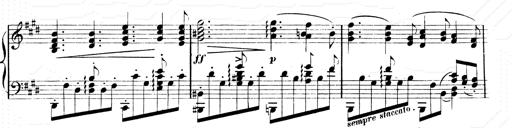
Title: 2 Transcriptions d'aprÃ¨s Rossini
Composer: Franz Liszt